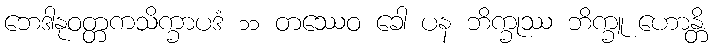
ဘေဒါနုဝတ္တကသိက္ခာပဒံ ၁၁ တဿေဝ ခေါ ပန ဘိက္ခုဿ ဘိက္ခူ ဟောန္တိ